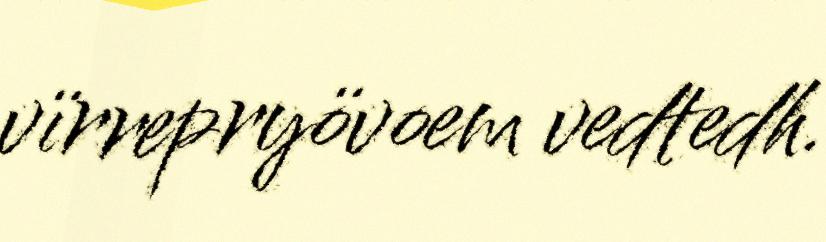
vïrrepryövoem vedtedh.